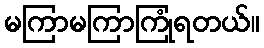
မကြာမကြာကြုံရတယ်။